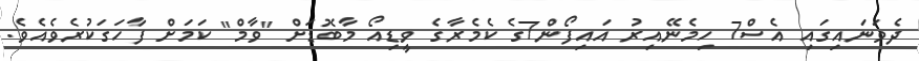
ދެވަނައިގައި އެސް7 ހިމެނޭއިރު އައިފޯން7ގެ ކެމެރާގެ ވީޑިއޯ މާބޮޑަށް "ވާމް" ކަމަށް ފާހަގަކުރެވެއެވެ.